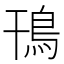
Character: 鳱